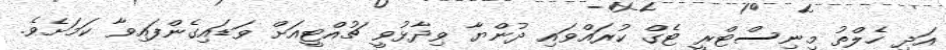
އަދި ހެލްތު މިނިސްޓްރީ ޓެގް ކުރައްވައި ދުންޔާ ވިދާޅުވީ ޗުއްޓީއަށް ވަޑައިގެންފައިވާ ކަމަށެވެ.